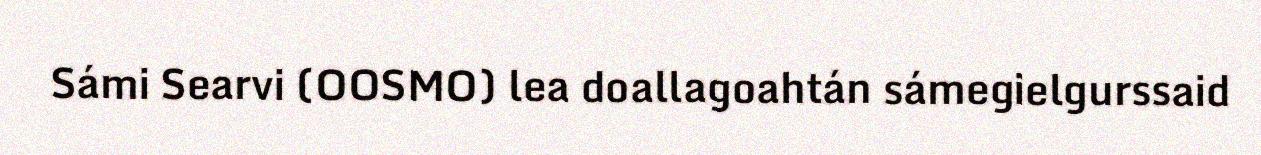
Sámi Searvi (OOSMO) lea doallagoahtán sámegielgurssaid